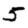
Digit: 5